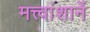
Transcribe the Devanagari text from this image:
मत्त्वांशानें